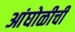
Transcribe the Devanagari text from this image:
आंघोळीची